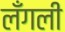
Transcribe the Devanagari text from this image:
लँगली